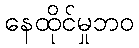
နေထိုင်မှုဘဝ